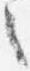
之